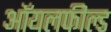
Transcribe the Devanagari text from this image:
ऑयलफील्ड